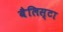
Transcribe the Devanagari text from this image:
बैलिस्टा